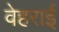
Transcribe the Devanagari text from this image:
वेहराई